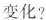
变化?